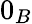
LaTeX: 0_{B}